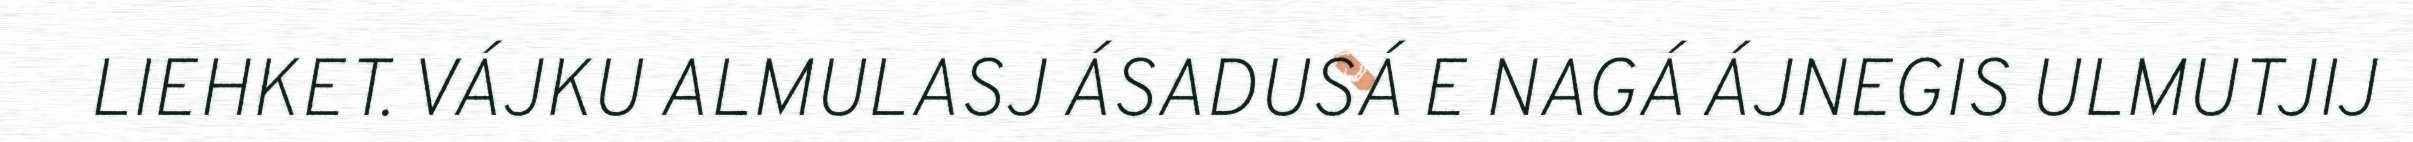
LIEHKET. VÁJKU ALMULASJ ÁSADUSÁ E NAGÁ ÁJNEGIS ULMUTJIJ